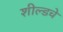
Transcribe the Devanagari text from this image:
शील्डचे